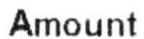
AMOUNT